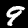
Label: 9